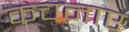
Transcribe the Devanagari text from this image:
कचनाए